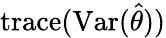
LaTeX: \operatorname{trace}(\operatorname{Var}({\hat{\theta}}))